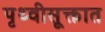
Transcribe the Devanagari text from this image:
पृथ्वीसूक्तात